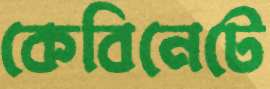
কেবিনেটে